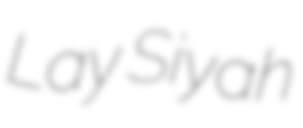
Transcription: Lay Siyah